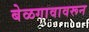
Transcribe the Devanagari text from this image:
बेळगावावरून